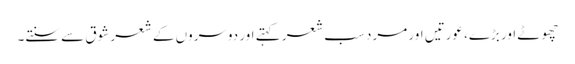
چھوٹے اور بڑے، عورتیں اور مرد سب شعر کہتے اور دوسروں کے شعر شوق سے سنتے۔